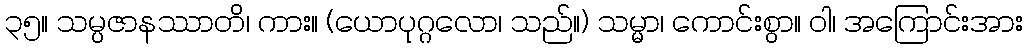
၃၅။ သမ္ပဇာနဿာတိ၊ ကား။ (ယောပုဂ္ဂလော၊ သည်။) သမ္မာ၊ ကောင်းစွာ။ ဝါ၊ အကြောင်းအား